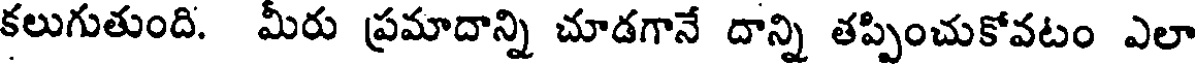
కలుగుతుంది. మీరు ప్రమాదాన్ని చూడగానే దాన్ని తప్పించుకోవటం ఎలా